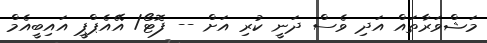
މަޝްވަރާތައް އަދި ވެސް ދަނީ ކުރި އަށް -- ފޮޓޯ/ އޭއެޕްޕީ އައިބީއެމް